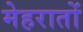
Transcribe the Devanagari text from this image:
मेहरातों